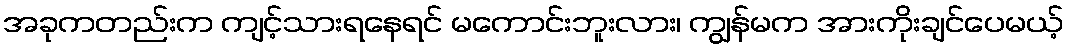
အခုကတည်းက ကျင့်သားရနေရင် မကောင်းဘူးလား၊ ကျွန်မက အားကိုးချင်ပေမယ့်